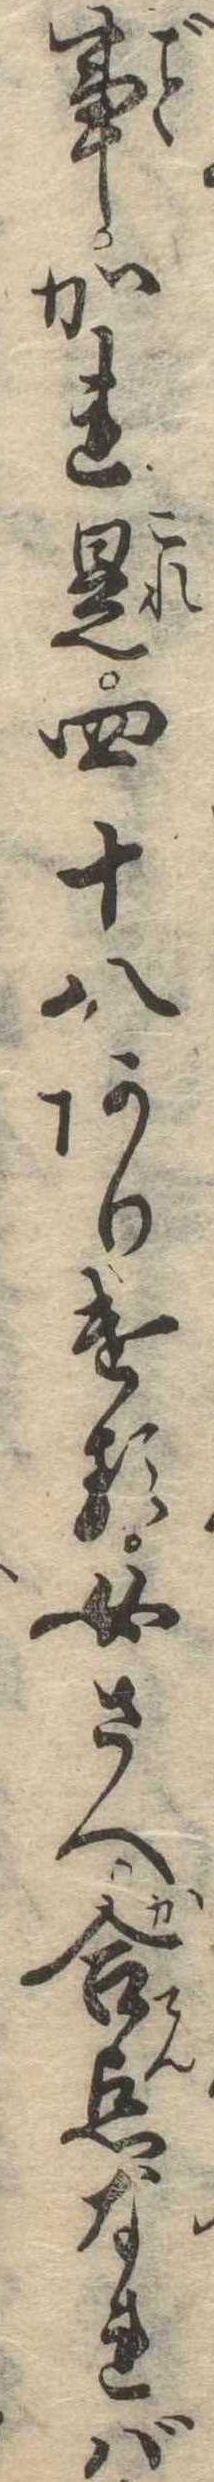
事かれ是四十八ありける女さへ合点なれば